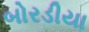
બોરડીયા